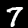
Label: 7